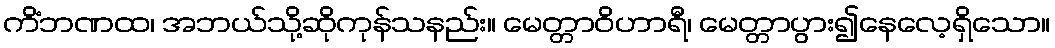
ကိံဘဏထ၊ အဘယ်သို့ဆိုကုန်သနည်း။ မေတ္တာဝိဟာရီ၊ မေတ္တာပွား၍နေလေ့ရှိသော။